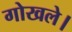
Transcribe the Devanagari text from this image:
गोखले।